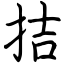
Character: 拮